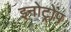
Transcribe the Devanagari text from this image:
इनोट्रोप